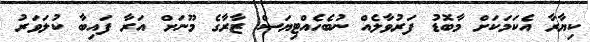
ކިޔާރާ އެކަމަކަށް މާބޮޑު ފަރުވާލެއް ނުބެހެއްޓިޔަސް ޒާރާގެ މޫނަށް އަރާ ފައިބާ ކުލަވަރު